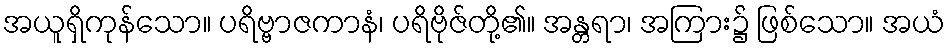
အယူရှိကုန်သော။ ပရိဗ္ဗာဇကာနံ၊ ပရိဗိုဇ်တို့၏။ အန္တရာ၊ အကြား၌ ဖြစ်သော။ အယံ